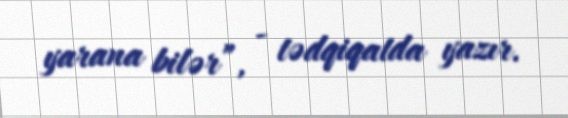
yarana bilər”, - tədqiqatda yazır.